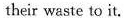
their waste to it.